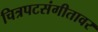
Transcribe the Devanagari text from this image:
चित्रपटसंगीतावर